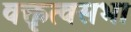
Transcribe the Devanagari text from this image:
वक्तृत्वसभा